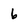
Character: 6